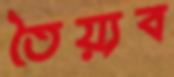
তৈয়্যব